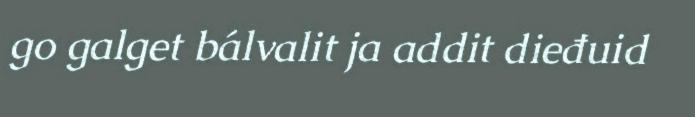
go galget bálvalit ja addit dieđuid